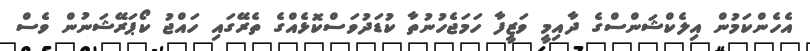
އެހެންކަމުން އިލެކްޝަންސްގެ ދާއިމީ ވަޒީފާ ހަމަޖެހުނުތާ ކުޑަދުވަސްކޮޅެއްގެ ތެރޭގައި ހައްޖު ކޯޕަރޭޝަނުން ވެސް